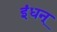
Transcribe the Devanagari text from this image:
इंधन्